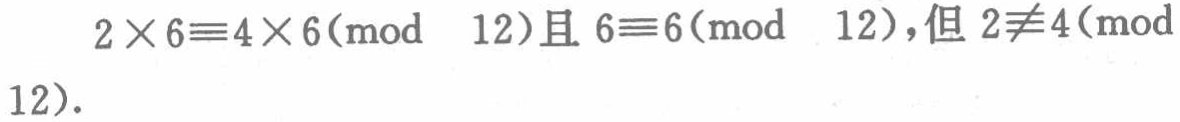
\(2\times 6\equiv4\times 6(\text{mod } 12)\text{且 }6\equiv6(\text{mod } 12)\text{,但 }2\not\equiv4(\text{mod } 12).\)